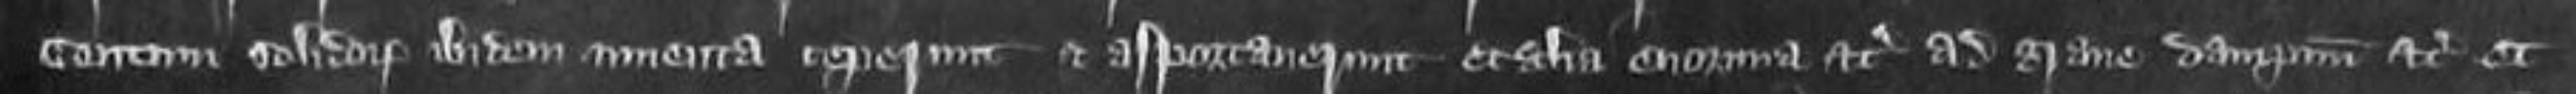
centum solidorum ibidem inventa ceperunt et asportaverunt et alia enormia etc ad grave dampnum etc et